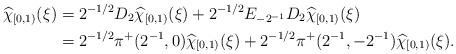
LaTeX: \begin{align*}\widehat{\chi}_{[0,1)} ( \xi) & = 2^{-1/2} D_2 \widehat{\chi}_{[0,1)} (\xi) + 2^{-1/2} E_{-2^{-1}}D_2 \widehat{\chi}_{[0,1)} (\xi) \\ & = 2^{-1/2}\pi^+ (2^{-1},0)\widehat{\chi}_{[0,1)}(\xi) +2^{-1/2}\pi^+(2^{-1}, -2^{-1}) \widehat{\chi}_{[0,1)} (\xi).\end{align*}